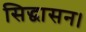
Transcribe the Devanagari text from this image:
सिद्धासन।